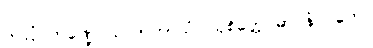
သလ္လံ ကဏ္ဍေ သလာကာယံ၊ သုစိတ္တေ ဓာဝနံ ဂတေ။